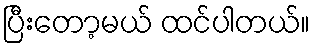
ပြီးတော့မယ် ထင်ပါတယ်။